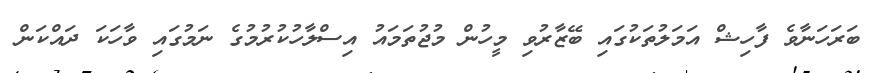
ބަރަހަނާވެ ފާހިޝް އަމަލުތަކުގައި ބޭޒާރުވި މީހުން މުޖުތަމައު އިސްލާހުކުރުމުގެ ނަމުގައި ވާހަކަ ދައްކަން